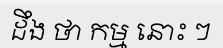
ដឹង ថា កម្ម នោះ ៗ